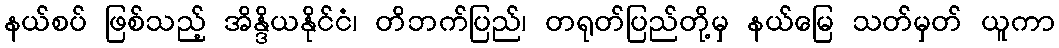
နယ်စပ် ဖြစ်သည့် အိန္ဒိယနိုင်ငံ၊ တိဘက်ပြည်၊ တရုတ်ပြည်တို့မှ နယ်မြေ သတ်မှတ် ယူကာ